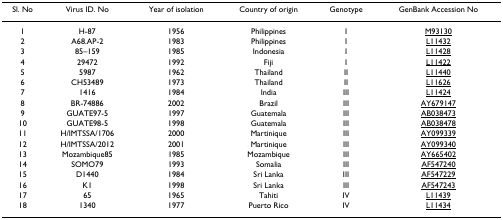
<table><thead><tr><td><b>Sl. No</b></td><td><b>Virus ID. No</b></td><td><b>Year of isolation</b></td><td><b>Country of origin</b></td><td><b>Genotype</b></td><td><b>GenBank Accession No</b></td></tr></thead><tbody><tr><td>1</td><td>H-87</td><td>1956</td><td>Philippines</td><td>I</td><td>M93130</td></tr><tr><td>2</td><td>A68.AP-2</td><td>1983</td><td>Philippines</td><td>I</td><td>L11432</td></tr><tr><td>3</td><td>85–159</td><td>1985</td><td>Indonesia</td><td>I</td><td>L11428</td></tr><tr><td>4</td><td>29472</td><td>1992</td><td>Fiji</td><td>I</td><td>L11422</td></tr><tr><td>5</td><td>5987</td><td>1962</td><td>Thailand</td><td>II</td><td>L11440</td></tr><tr><td>6</td><td>CH53489</td><td>1973</td><td>Thailand</td><td>II</td><td>L11626</td></tr><tr><td>7</td><td>1416</td><td>1984</td><td>India</td><td>III</td><td>L11424</td></tr><tr><td>8</td><td>BR-74886</td><td>2002</td><td>Brazil</td><td>III</td><td>AY679147</td></tr><tr><td>9</td><td>GUATE97-5</td><td>1997</td><td>Guatemala</td><td>III</td><td>AB038473</td></tr><tr><td>10</td><td>GUATE98-5</td><td>1998</td><td>Guatemala</td><td>III</td><td>AB038478</td></tr><tr><td>11</td><td>H/IMTSSA/1706</td><td>2000</td><td>Martinique</td><td>III</td><td>AY099339</td></tr><tr><td>12</td><td>H/IMTSSA/2012</td><td>2001</td><td>Martinique</td><td>III</td><td>AY099340</td></tr><tr><td>13</td><td>Mozambique85</td><td>1985</td><td>Mozambique</td><td>III</td><td>AY665402</td></tr><tr><td>14</td><td>SOMO79</td><td>1993</td><td>Somalia</td><td>III</td><td>AF547240</td></tr><tr><td>15</td><td>D1440</td><td>1984</td><td>Sri Lanka</td><td>III</td><td>AF547229</td></tr><tr><td>16</td><td>K1</td><td>1998</td><td>Sri Lanka</td><td>III</td><td>AF547243</td></tr><tr><td>17</td><td>65</td><td>1965</td><td>Tahiti</td><td>IV</td><td>L11439</td></tr><tr><td>18</td><td>1340</td><td>1977</td><td>Puerto Rico</td><td>IV</td><td>L11434</td></tr></tbody></table>